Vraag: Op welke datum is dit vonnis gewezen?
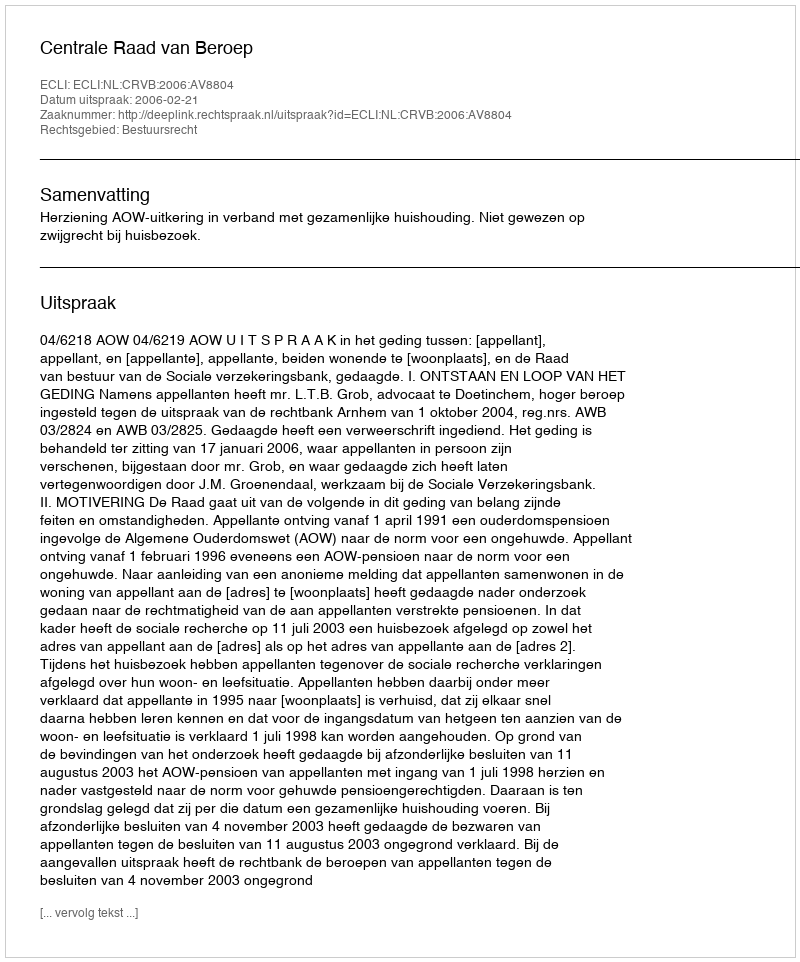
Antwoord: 2006-02-21